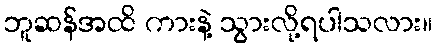
ဘူဆန်အထိ ကားနဲ့ သွားလို့ရပါသလား။